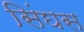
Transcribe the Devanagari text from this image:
सिंघस